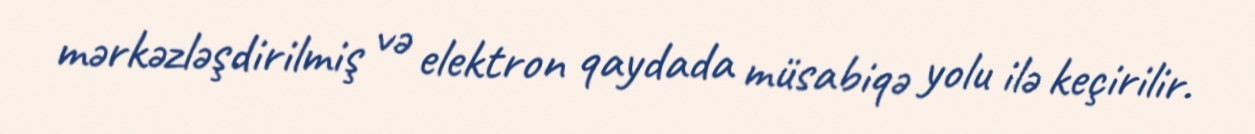
mərkəzləşdirilmiş və elektron qaydada müsabiqə yolu ilə keçirilir.